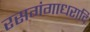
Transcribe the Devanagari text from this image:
रसगंगाधरादि